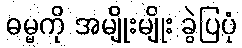
ဓမ္မကို အမျိုးမျိုး ခွဲပြပုံ